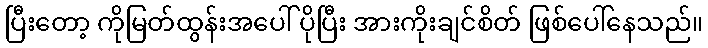
ပြီးတော့ ကိုမြတ်ထွန်းအပေါ် ပိုပြီး အားကိုးချင်စိတ် ဖြစ်ပေါ်နေသည်။